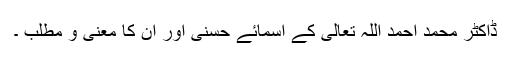
ڈاکٹر محمد احمد اللہ تعالیٰ کے اسمائے حسنیٰ اور ان کا معنی و مطلب ۔